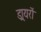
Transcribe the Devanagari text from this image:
ड्रायरों